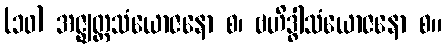
(၁၀) အဇ္ဈတ္တသံယောဇနော စ၊ ဗဟိဒ္ဓါသံယောဇနော စ။